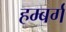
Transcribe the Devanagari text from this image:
हम्बर्ग